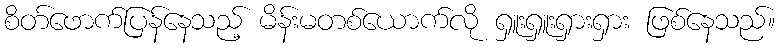
စိတ်ဖောက်ပြန်နေသည့် မိန်းမတစ်ယောက်လို ရှူးရှူးရှားရှား ဖြစ်နေသည်။